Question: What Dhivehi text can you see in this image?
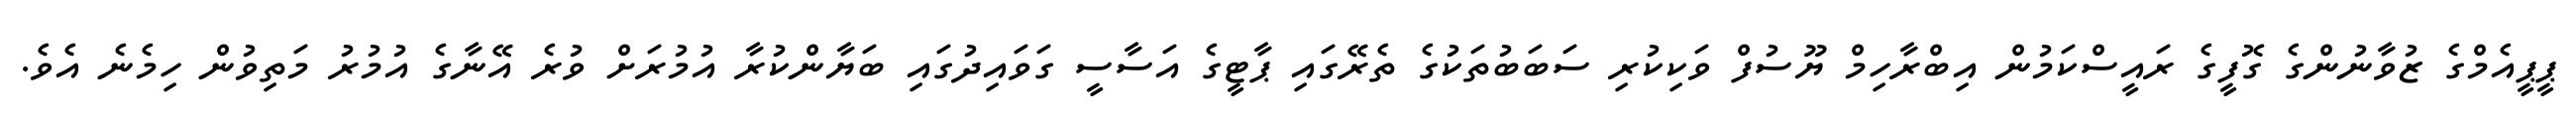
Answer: ޕީޕީއެމްގެ ޒުވާނުންގެ ގޮފީގެ ރައީސްކަމުން އިބްރާހިމް ޔޫސުފް ވަކިކުރި ސަބަބުތަކުގެ ތެރޭގައި ޕާޓީގެ އަސާސީ ގަވައިދުގައި ބަޔާންކުރާ އުމުރަށް ވުރެ އޭނާގެ އުމުރު މަތިވުން ހިމެނެ އެވެ.